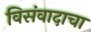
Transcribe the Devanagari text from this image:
विसंवादाचा